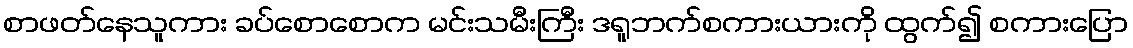
စာဖတ်နေသူကား ခပ်စောစောက မင်းသမီးကြီး ဒရူဘက်စကားယားကို ထွက်၍ စကားပြော